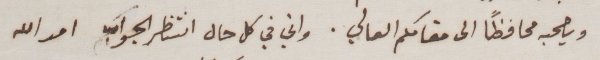
ويصحبه محافظاً الى مقامكم العالي. واني في كل حال انتظر الجواب امد الله